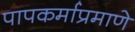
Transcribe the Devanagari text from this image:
पापकर्माप्रमाणे